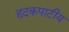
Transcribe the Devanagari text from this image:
हृदकपाटीय